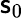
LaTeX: \mathsf{s}_{0}